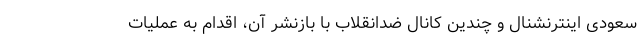
سعودی اینترنشنال و چندین کانال ضدانقلاب با بازنشر آن، اقدام به عملیات